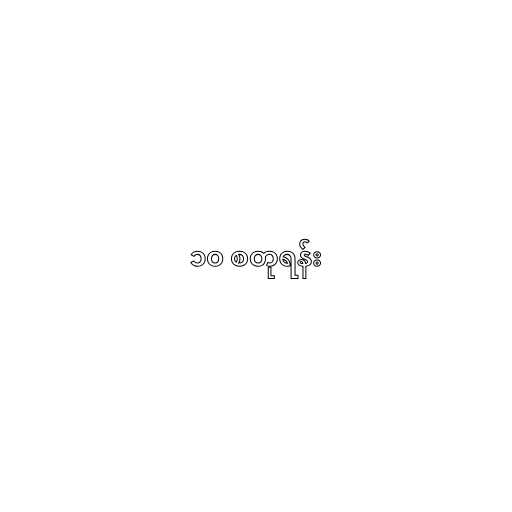
၁၀ စတုရန်း